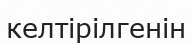
келтірілгенін